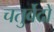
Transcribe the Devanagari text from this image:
चतुर्वेदों